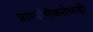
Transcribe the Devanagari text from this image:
प्रामाणिकतेचाही